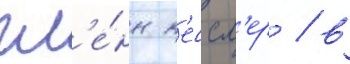
гл'е́нн к'ессл'ер / в